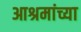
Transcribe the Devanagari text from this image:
आश्रमांच्या